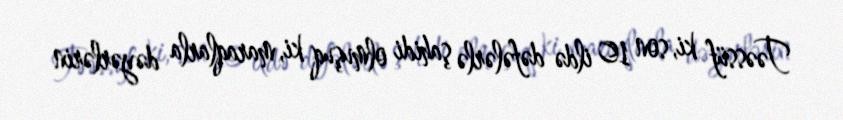
Təəssüf ki, son 10 ildə dəfələrlə şahidi olmuşuq ki, maraqlarla dəyərlərin